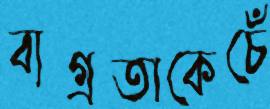
ব্যগ্রতাকেচেঁ